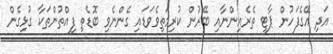
އަދި އޭގެފަހުން ޕާޓީ ތެރެއިންނާއި ބޭރުން ކުރިމަތިވެވަޑައި ގެންނެވި ބޮޑެތި ފިއްތުންތަކާ ގުޅިގެން